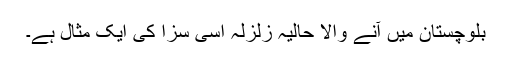
بلوچستان میں آنے والا حالیہ زلزلہ اسی سزا کی ایک مثال ہے۔